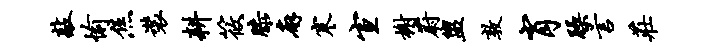
敲愉焦装耕筱膝廨寒宣榭蔚盥敦肖躁言庄